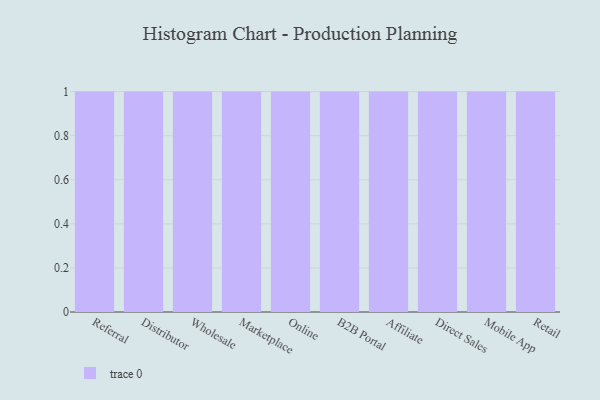
{"axis": {"x": "Channel", "y": "Active Users"}, "legend": [""], "data": [{"x": "Referral", "y": 62, "type": ""}, {"x": "Distributor", "y": 60, "type": ""}, {"x": "Wholesale", "y": 10, "type": ""}, {"x": "Marketplace", "y": 82, "type": ""}, {"x": "Online", "y": 26, "type": ""}, {"x": "B2B Portal", "y": 33, "type": ""}, {"x": "Affiliate", "y": 11, "type": ""}, {"x": "Direct Sales", "y": 77, "type": ""}, {"x": "Mobile App", "y": 73, "type": ""}, {"x": "Retail", "y": 57, "type": ""}]}